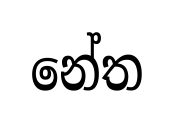
නේත